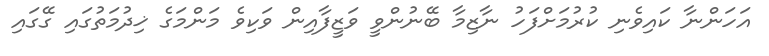
އަހަންނާ ކައިވެނި ކުރުމަށްފަހު ނާޒިމާ ބޭނުންވީ ވަޒީފާއިން ވަކިވެ މަންމަގެ ޚިދުމަތުގައި ގޭގައި